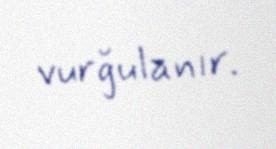
vurğulanır.